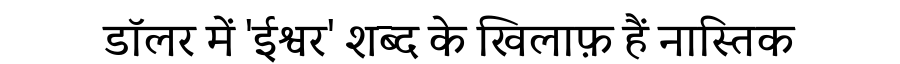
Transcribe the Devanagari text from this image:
डॉलर में 'ईश्वर' शब्द के खिलाफ़ हैं नास्तिक